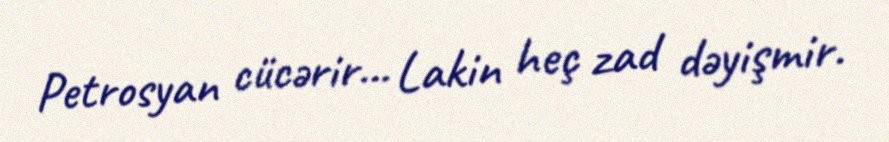
Petrosyan cücərir... Lakin heç zad dəyişmir.